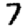
Digit: 7